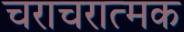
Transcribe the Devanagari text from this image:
चराचरात्मक